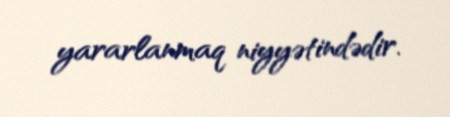
yararlanmaq niyyətindədir.